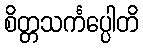
စိတ္တသင်္ကပ္ပေါတိ